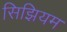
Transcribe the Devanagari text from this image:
सिझियम